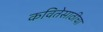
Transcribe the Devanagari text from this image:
कवितेसाठीचा